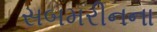
સબમરીનના